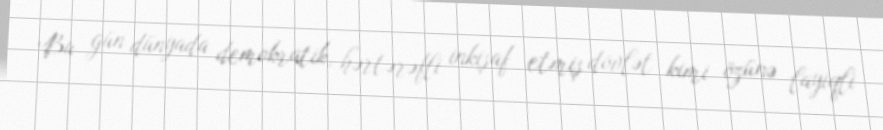
Bu gün dünyada demokratik, hərtərəfli inkişaf etmiş dövlət kimi özünə layiqli